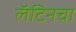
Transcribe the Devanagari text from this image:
लॅटिनचा